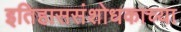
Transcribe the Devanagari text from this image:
इतिहाससंशोधकाच्या